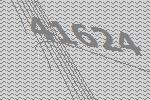
41624